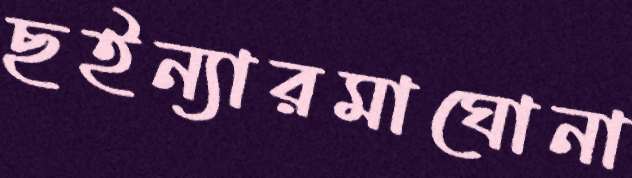
ছইন্যারমাঘোনা